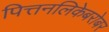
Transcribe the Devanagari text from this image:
पित्तनलिकेबरोबर